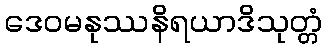
ဒေဝမနုဿနိရယာဒိသုတ္တံ